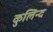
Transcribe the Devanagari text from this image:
कुलिन्द